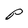
Character: P